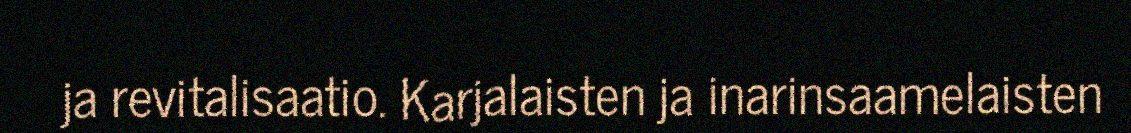
ja revitalisaatio. Karjalaisten ja inarinsaamelaisten